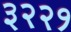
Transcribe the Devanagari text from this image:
३२२१